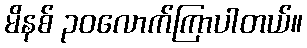
မိနစ် ၃၀လောက်ကြာပါတယ်။